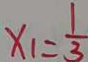
x _ { 1 } = \frac { 1 } { 3 }